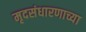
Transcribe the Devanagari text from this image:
मृदसंधारणाच्या